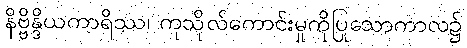
နိဗ္ဗိန္ဒိယကာရိဿ၊ ကုသိုလ်ကောင်းမှုကိုပြုသောကာလ၌